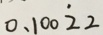
0 . 1 0 0 \dot { 2 } 2